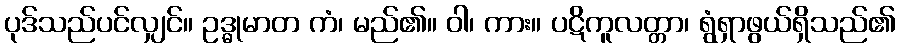
ပုဒ်သည်ပင်လျှင်။ ဥဒ္ဓုမာတ ကံ၊ မည်၏။ ဝါ၊ ကား။ ပဋိကူလတ္တာ၊ ရွံရှာဖွယ်ရှိသည်၏